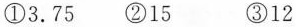
①3.75 ②15 ③12